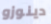
دينوزو